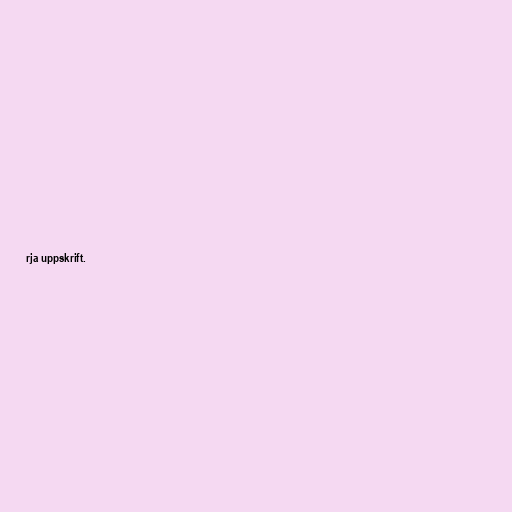
rja uppskrift.